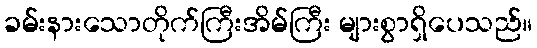
ခမ်းနားသောတိုက်ကြီးအိမ်ကြီး များစွာရှိပေသည်။